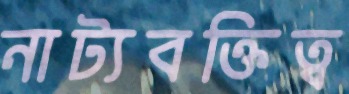
নাট্যবক্তিত্ব